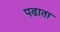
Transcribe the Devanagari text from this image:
पढाता